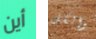
أين والكل